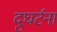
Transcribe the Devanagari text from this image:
दुघर्टना